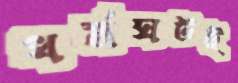
ধর্মঘটই